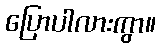
ပြောပါလားကွာ။